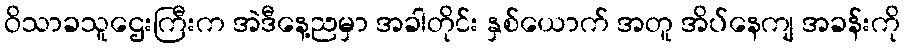
ဝိသာခသူဌေးကြီးက အဲဒီနေ့ညမှာ အခါတိုင်း နှစ်ယောက် အတူ အိပ်နေကျ အခန်းကို